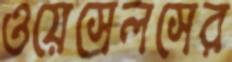
ওয়েসেলসের